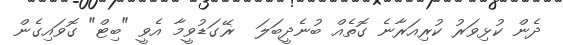
ދެން ކުޅިވަރު ކުރިއަރާނެ ގޮތެއް ބުނެދީބަލަ  ޜޭގަޑުވީމާ އެވީ "ބިޓް" ގޮވައިގެން